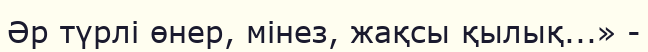
Әр түрлі өнер, мінез, жақсы қылық...» -